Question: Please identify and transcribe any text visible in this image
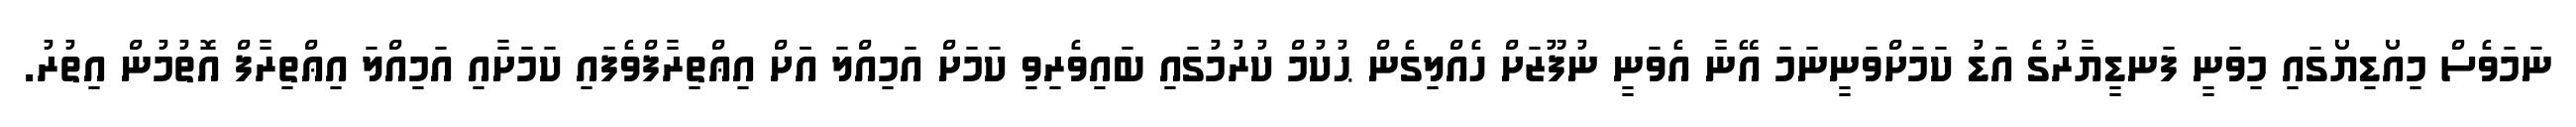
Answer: ނަމަވެސް މިއޯޑިޔޯގައި މިވަނީ ފަނޑީޔާރުގެ އަޑު ކަމަށްވަނީނަމަ އޭނާ އެވަނީ ނުފޫޒަށް ހެއްލިގެން ޙުކުމް ކުރުމުގައި ބައިވެރިވި ކަމަށް އަމިއްލަ އަަށް އިޢްތިރާފްވެފައި ކަމަށާއި އަމިއްލަ އިޢްތިރާފް އޮތުމުން އިތުރު.